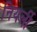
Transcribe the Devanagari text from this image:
नियर्ली